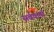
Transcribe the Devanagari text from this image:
सर्वकर्ता